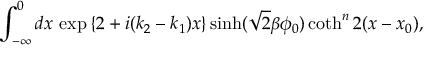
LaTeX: \int _ { - \infty } ^ { 0 } d x \, \exp { \left\{ 2 + i ( k _ { 2 } - k _ { 1 } ) x \right\} } \sinh ( \sqrt { 2 } \beta \phi _ { 0 } ) \coth ^ { n } 2 ( x - x _ { 0 } ) ,